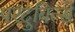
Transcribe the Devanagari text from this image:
परदुबित्से